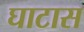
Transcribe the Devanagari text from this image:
घाटास